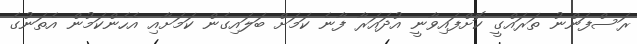
ރަސްފަންނު ތަރައްގީ ކޮށްފައިވާނީ އުދައަރާ ފާނެ ކަމަށް ބަލައިގެން ކަމަށާއި އެހެންކަމުން އެތަނުގެ